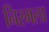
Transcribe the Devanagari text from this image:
निरमला